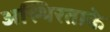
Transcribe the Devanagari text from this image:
अस्थिरताके